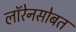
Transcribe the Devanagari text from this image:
लॉरेनसोबत